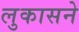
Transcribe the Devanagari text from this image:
लुकासने